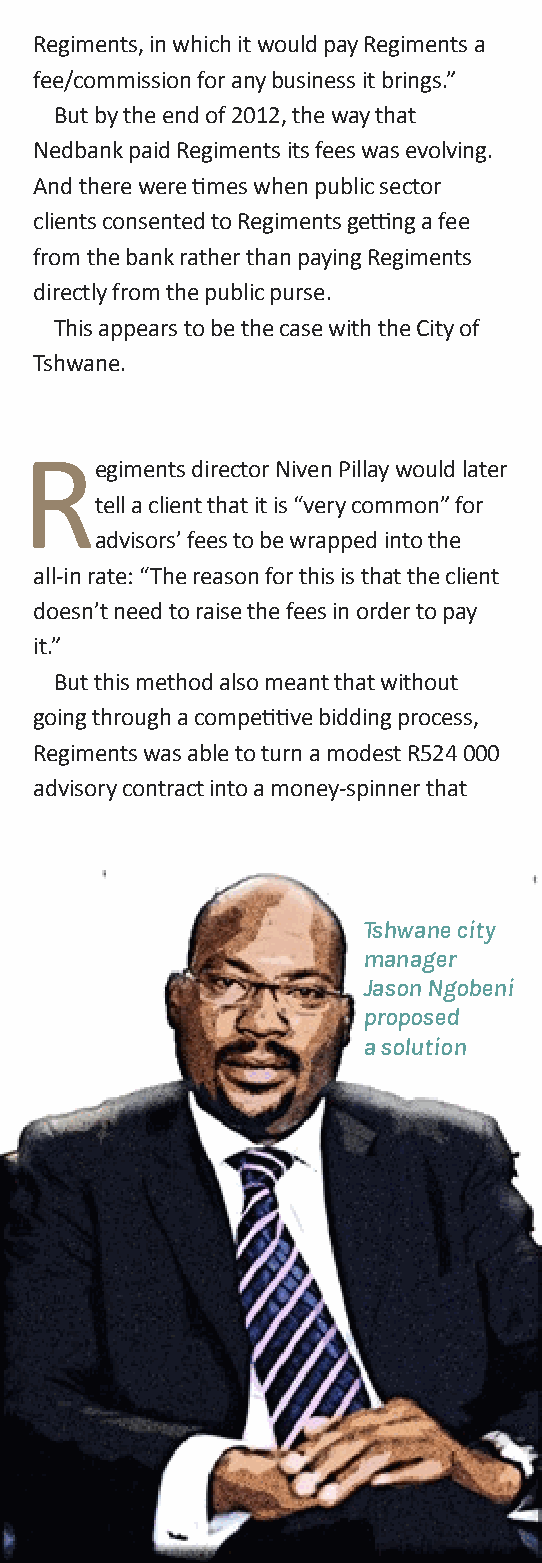
Regiments, in which it would pay Regiments a
 fee/commission for any business it brings.”
 But by the end of 2012, the way that
 Nedbank paid Regiments its fees was evolving.
 And there were times when public sector
 clients consented to Regiments getting a fee
 from the bank rather than paying Regiments
 directly from the public purse.
 This appears to be the case with the City of
 Tshwane.
 R
 egiments director Niven Pillay would later
 tell a client that it is “very common” for
 advisors’ fees to be wrapped into the
 all-in rate: “The reason for this is that the client
 doesn’t need to raise the fees in order to pay
 it.”
 But this method also meant that without
 going through a competitive bidding process,
 Regiments was able to turn a modest R524 000
 advisory contract into a money-spinner that
 Tshwane city
 manager
 Jason Ngobeni
 proposed
 a solution